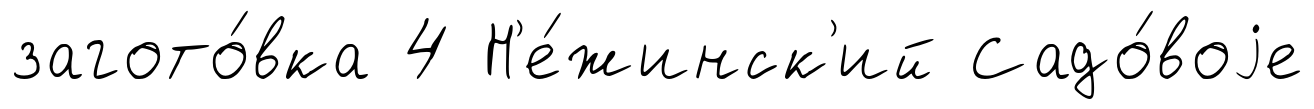
загото́вка 4 Н'е́жинск'ий Садо́воjе